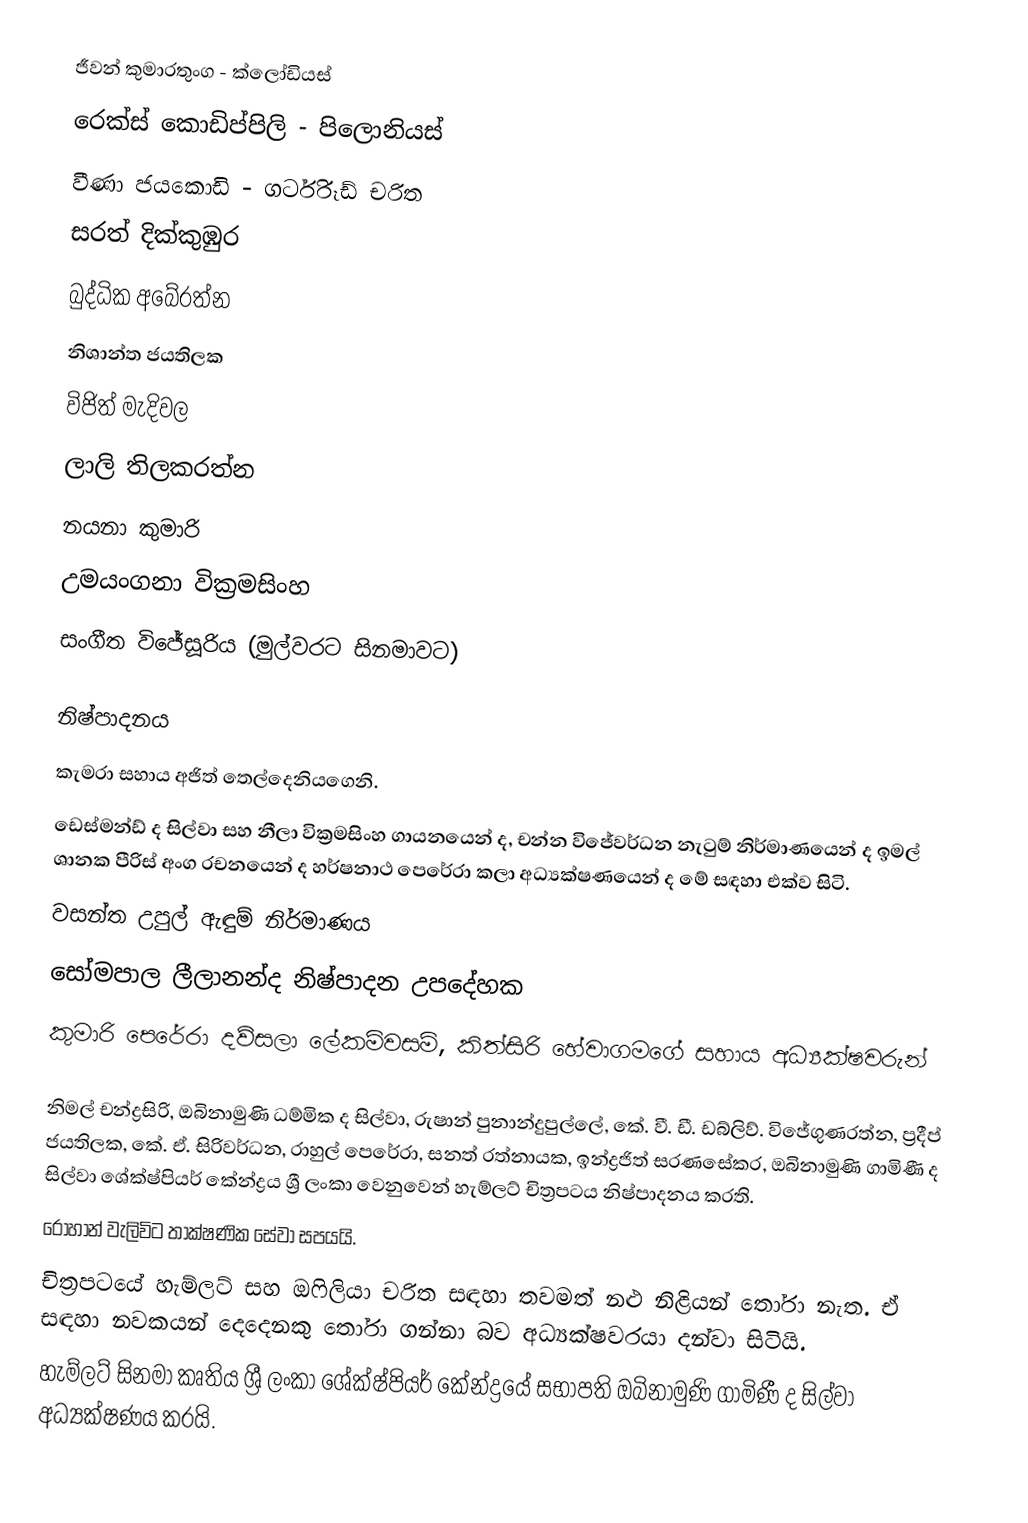
ජීවන් කුමාරතුංග - ක්ලෝඩියස්
රෙක්ස් කොඩිප්පිලි - පිලොනියස්
වීණා ජයකොඩි - ගර්ටිරූඩ් චරිත
සරත් දික්කුඹුර
බුද්ධික අබේරත්න
නිශාන්ත ජයතිලක
විජිත් මැදිවල
ලාලි තිලකරත්න
නයනා කුමාරි
උමයංගනා වික්‍රමසිංහ
සංගීත විජේසූරිය (මුල්වරට සිනමාවට)

නිෂ්පාදනය
කැමරා සහාය අජිත් තෙල්දෙනියගෙනි.
ඩෙස්මන්ඩ් ද සිල්වා සහ නීලා වික්‍රමසිංහ ගායනයෙන් ද, චන්න විජේවර්ධන නැටුම් නිර්මාණයෙන් ද ඉමල් ශානක පීරිස් අංග රචනයෙන් ද හර්ෂනාථ පෙරේරා කලා අධ්‍යක්ෂණයෙන් ද මේ සඳහා එක්ව සිටි.
වසන්ත උපුල් ඇඳුම් නිර්මාණය
සෝමපාල ලීලානන්ද නිෂ්පාදන උපදේහක
කුමාරි පෙරේරා දව්සලා ලේකම්වසම්, කිත්සිරි හේවාගමගේ සහාය අධ්‍යක්ෂවරුන්

නිමල් චන්ද්‍රසිරි, ඔබිනාමුණි ධම්මික ද සිල්වා, රුෂාන් පුනාන්දුපුල්ලේ, කේ. වී. ඩී. ඩබ්ලිව්. විජේගුණරත්න, ප්‍රදීප් ජයතිලක, කේ. ඒ. සිරිවර්ධන, රාහුල් පෙරේරා, සනත් රත්නායක, ඉන්ද්‍රජිත් සරණසේකර, ඔබිනාමුණි ගාමිණී ද සිල්වා ශේක්ෂ්පියර් කේන්ද්‍රය ශ්‍රී ලංකා වෙනුවෙන් හැම්ලට් චිත්‍රපටය නිෂ්පාදනය කරති.
රොහාන් වැලිවිට තාක්ෂණික සේවා සපයයි.
චිත්‍රපටයේ හැම්ලට් සහ ඔෆිලියා චරිත සඳහා තවමත් නළු නිළියන් තෝරා නැත. ඒ සඳහා නවකයන් දෙදෙනකු තෝරා ගන්නා බව අධ්‍යක්ෂවරයා දන්වා සිටියි.
හැම්ලට් සිනමා කෘතිය ශ්‍රී ලංකා ශේක්ෂ්පියර් කේන්ද්‍රයේ සභාපති ඔබිනාමුණි ගාමිණී ද සිල්වා අධ්‍යක්ෂණය කරයි.